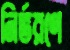
নির্ভরণে